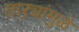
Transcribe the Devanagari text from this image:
ताऱ्यांमुळे